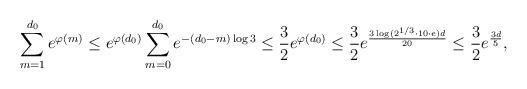
LaTeX: \begin{align*}\sum_{m=1}^{d_0}e^{\varphi(m)}\le e^{\varphi(d_0)}\sum_{m=0}^{d_0}e^{-(d_0-m)\log3}\le \frac{3}{2}e^{\varphi(d_0)}\le \frac{3}{2}e^{\frac{3\log(2^{1/3}\cdot10\cdot e)d}{20}}\le \frac{3}{2}e^{\frac{3d}{5}},\end{align*}